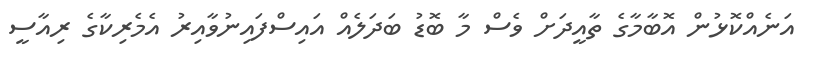
އަނެއްކޮޅުން އޮބާމާގެ ތާއީދަށް ވެސް މާ ބޮޑު ބަދަލެއް އައިސްފައިނުވާއިރު އެމެރިކާގެ ރިއާސީ